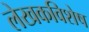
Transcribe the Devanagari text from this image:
लेखकविशेष